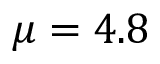
\mu = 4 . 8